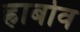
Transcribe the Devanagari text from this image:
ह्राबोव